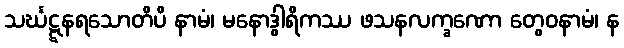
သင်္ဃဋ္ဋနရသောတိပိ နာမံ၊ မနောဒွါရိကဿ ဖသနလက္ခဏော တွေဝနာမံ၊ န